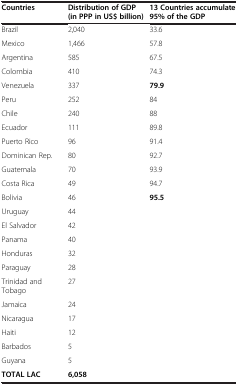
<table><thead><tr><td><b>Countries</b></td><td><b>Distribution of GDP (in PPP in US$ billion)</b></td><td><b>13 Countries accumulate 95% of the GDP</b></td></tr></thead><tbody><tr><td>Brazil</td><td>2,040</td><td>33.6</td></tr><tr><td>Mexico</td><td>1,466</td><td>57.8</td></tr><tr><td>Argentina</td><td>585</td><td>67.5</td></tr><tr><td>Colombia</td><td>410</td><td>74.3</td></tr><tr><td>Venezuela</td><td>337</td><td><b>79.9</b></td></tr><tr><td>Peru</td><td>252</td><td>84</td></tr><tr><td>Chile</td><td>240</td><td>88</td></tr><tr><td>Ecuador</td><td>111</td><td>89.8</td></tr><tr><td>Puerto Rico</td><td>96</td><td>91.4</td></tr><tr><td>Dominican Rep.</td><td>80</td><td>92.7</td></tr><tr><td>Guatemala</td><td>70</td><td>93.9</td></tr><tr><td>Costa Rica</td><td>49</td><td>94.7</td></tr><tr><td>Bolivia</td><td>46</td><td><b>95.5</b></td></tr><tr><td>Uruguay</td><td>44</td><td> </td></tr><tr><td>El Salvador</td><td>42</td><td> </td></tr><tr><td>Panama</td><td>40</td><td> </td></tr><tr><td>Honduras</td><td>32</td><td> </td></tr><tr><td>Paraguay</td><td>28</td><td> </td></tr><tr><td>Trinidad and Tobago</td><td>27</td><td> </td></tr><tr><td>Jamaica</td><td>24</td><td> </td></tr><tr><td>Nicaragua</td><td>17</td><td> </td></tr><tr><td>Haiti</td><td>12</td><td> </td></tr><tr><td>Barbados</td><td>5</td><td> </td></tr><tr><td>Guyana</td><td>5</td><td> </td></tr><tr><td><b>TOTAL LAC</b></td><td><b>6,058</b></td><td> </td></tr></tbody></table>